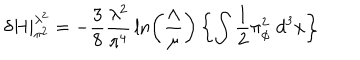
LaTeX: \delta H | _ { \pi ^ { 2 } } ^ { \lambda ^ { 2 } } = - { \frac { 3 } { 8 } } { \frac { \lambda ^ { 2 } } { \pi ^ { 4 } } } \ln \left( { \frac { \Lambda } { \mu } } \right) \left\{ \int { \frac { 1 } { 2 } } \pi _ { \phi } ^ { 2 } \; d ^ { 3 } x \right\}